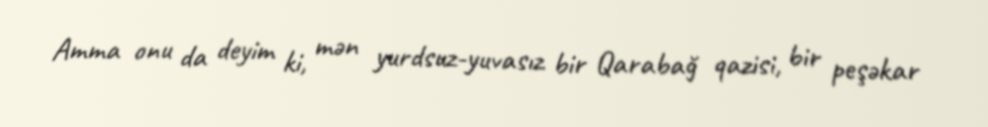
Amma onu da deyim ki, mən yurdsuz-yuvasız bir Qarabağ qazisi, bir peşəkar